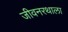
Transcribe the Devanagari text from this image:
जीवनरथाला